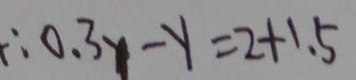
\therefore 0 . 3 y - y = 2 + 1 . 5